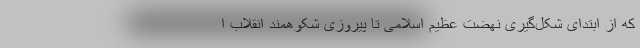
که از ابتدای شکل‌گیری نهضت عظیم اسلامی تا پیروزی شکوهمند انقلاب ا